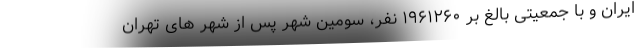
ایران و با جمعیتی بالغ بر ۱۹۶۱۲۶۰ نفر، سومین شهر پس از شهر های تهران